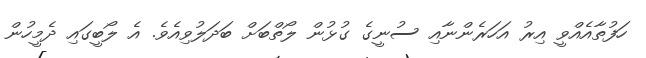
ހަފުތާއެއްވީ އިރު އަހަރެންނާއި ސުނީގެ ގުޅުން ލޯތްބަށް ބަދަލުވިއެވެ. އެ ލޯބީގައި ދެމީހުން